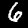
Label: 6